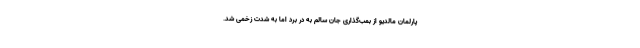
پارلمان مالدیو از بمب‌گذاری جان سالم به در برد اما به شدت زخمی شد.